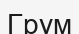
Грум